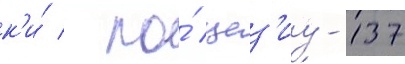
к'и́ / по́ цез'иу-137